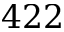
4 2 2